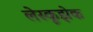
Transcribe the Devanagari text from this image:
लेस्कूझेक